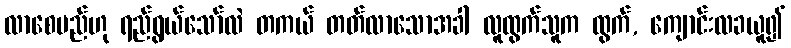
လာစေမည်ဟု ရည်ရွယ်သော်လဲ တကယ် တတ်လာသောအခါ လူထွက်သူက ထွက်, ကျောင်းလခယူ၍